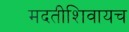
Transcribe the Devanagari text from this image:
मदतीशिवायच